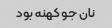
نان جو کهنه بود